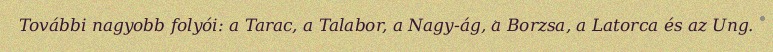
További nagyobb folyói: a Tarac, a Talabor, a Nagy-ág, a Borzsa, a Latorca és az Ung.